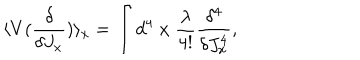
\langle V ( \frac { \delta } { \delta J _ { x } } ) \rangle _ { x } = \int d ^ { 4 } \; x \; \frac { \lambda } { 4 ! } \frac { \delta ^ { 4 } } { \delta J _ { x } ^ { 4 } } ,